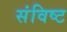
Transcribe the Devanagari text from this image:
संविष्ट